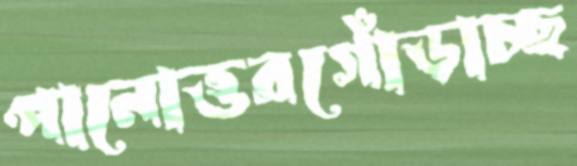
পানোত্তরগোঁড়াচ্ছ